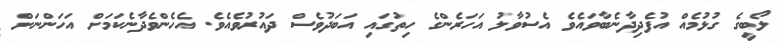
ލޯބީގެ ގުޅުމެއް އުފެދިދާނެބާވައެވެ އެސުވާލު އަހަރެންގެ ހިތުގައި އަބަދުވެސް ދައުރުވެއެވެ. އެހެންވެދާނެކަމަށް އަހަންނަށް